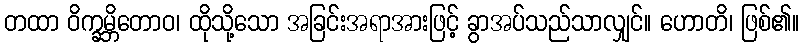
တထာ ဝိက္ခမ္ဘိတောဝ၊ ထိုသို့သော အခြင်းအရာအားဖြင့် ခွာအပ်သည်သာလျှင်။ ဟောတိ၊ ဖြစ်၏။